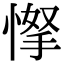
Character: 𢜲